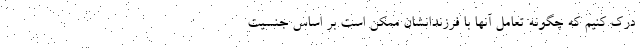
درک کنیم که چگونه تعامل آنها با فرزندانشان ممکن است بر اساس جنسیت